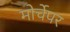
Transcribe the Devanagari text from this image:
मोर्चेपर